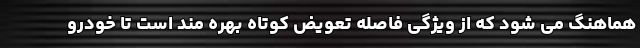
هماهنگ می شود که از ویژگی فاصله تعویض کوتاه بهره مند است تا خودرو